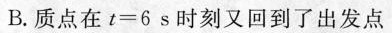
B.质点在$$t = 6 s$$时刻又回到了出发点